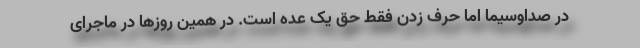
در صداوسیما اما حرف زدن فقط حق یک عده است. در همین روزها در ماجرای